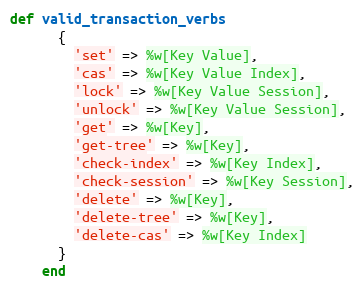
Language: Ruby
def valid_transaction_verbs
      {
        'set' => %w[Key Value],
        'cas' => %w[Key Value Index],
        'lock' => %w[Key Value Session],
        'unlock' => %w[Key Value Session],
        'get' => %w[Key],
        'get-tree' => %w[Key],
        'check-index' => %w[Key Index],
        'check-session' => %w[Key Session],
        'delete' => %w[Key],
        'delete-tree' => %w[Key],
        'delete-cas' => %w[Key Index]
      }
    end